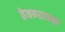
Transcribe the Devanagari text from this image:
ठेवण्‍याच्‍या